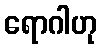
ရောဂါဟု